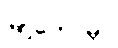
မြို့တော်မှာ